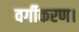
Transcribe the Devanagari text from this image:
वर्गीकरण।